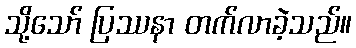
သို့သော် ပြဿနာ တက်လာခဲ့သည်။